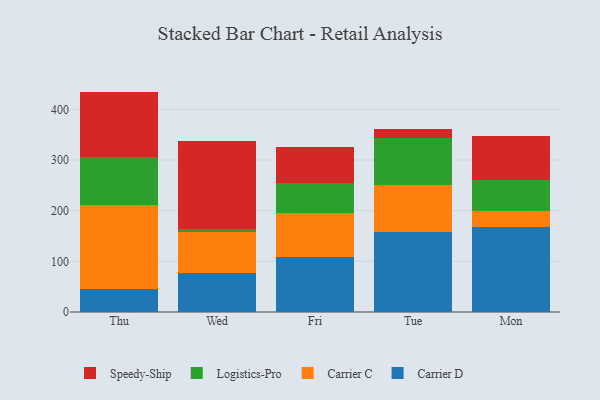
{"axis": {"x": "Day", "y": "Demand Index"}, "legend": ["Carrier C", "Carrier D", "Logistics-Pro", "Speedy-Ship"], "data": [{"x": "Thu", "y": 45.9, "type": "Carrier D"}, {"x": "Thu", "y": 164.7, "type": "Carrier C"}, {"x": "Thu", "y": 96.1, "type": "Logistics-Pro"}, {"x": "Thu", "y": 128.4, "type": "Speedy-Ship"}, {"x": "Wed", "y": 76.2, "type": "Carrier D"}, {"x": "Wed", "y": 80.8, "type": "Carrier C"}, {"x": "Wed", "y": 7.3, "type": "Logistics-Pro"}, {"x": "Wed", "y": 172.8, "type": "Speedy-Ship"}, {"x": "Fri", "y": 109.2, "type": "Carrier D"}, {"x": "Fri", "y": 85.9, "type": "Carrier C"}, {"x": "Fri", "y": 59.6, "type": "Logistics-Pro"}, {"x": "Fri", "y": 72.0, "type": "Speedy-Ship"}, {"x": "Tue", "y": 157.7, "type": "Carrier D"}, {"x": "Tue", "y": 92.6, "type": "Carrier C"}, {"x": "Tue", "y": 92.4, "type": "Logistics-Pro"}, {"x": "Tue", "y": 18.4, "type": "Speedy-Ship"}, {"x": "Mon", "y": 168.5, "type": "Carrier D"}, {"x": "Mon", "y": 30.1, "type": "Carrier C"}, {"x": "Mon", "y": 61.9, "type": "Logistics-Pro"}, {"x": "Mon", "y": 87.5, "type": "Speedy-Ship"}]}